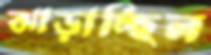
ঝাড়াচ্ছিল